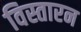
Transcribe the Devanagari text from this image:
विस्तारन